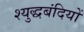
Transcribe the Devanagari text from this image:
श्युद्धबंदियों